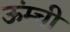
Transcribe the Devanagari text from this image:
ऊंम्ची